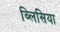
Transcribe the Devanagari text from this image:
व्लिसिया